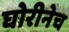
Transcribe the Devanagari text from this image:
घोरीनेच